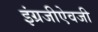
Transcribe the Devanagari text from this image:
इंग्रजीऐवजी